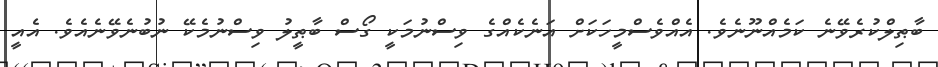
ބާޠިލްކުރެވޭނެ ކަމެއްނޫނެވެ. އެއްވެސްމީހަކަށް އަނެކެއްގެ ވިސްނުމަކީ ގޯސް ބާޠީލު ވިސްނުމެކޭ ނުބުނެވޭނެއެވެ. އެއީ